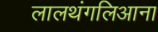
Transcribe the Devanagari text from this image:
लालथंगलिआना